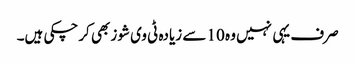
صرف یہی نہیں وہ 10 سے زیادہ ٹی وی شوز بھی کرچکی ہیں۔